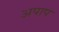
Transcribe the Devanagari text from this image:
अपाप